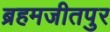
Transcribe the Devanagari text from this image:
ब्रहमजीतपुर